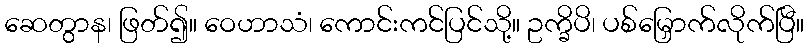
ဆေတွာန၊ ဖြတ်၍။ ဝေဟာသံ၊ ကောင်းကင်ပြင်သို့။ ဥက္ခိပိ၊ ပစ်မြှောက်လိုက်ပြီ။